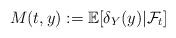
LaTeX: \begin{align*}M(t,y) := \mathbb{E}[\delta_Y(y)|\mathcal{F}_t]\end{align*}